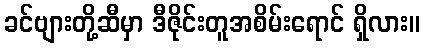
ခင်ဗျားတို့ဆီမှာ ဒီဇိုင်းတူအစိမ်းရောင် ရှိလား။